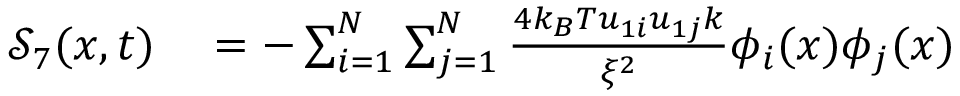
\begin{array} { r l } { \mathcal { S } _ { 7 } ( x , t ) } & { { } = - \sum _ { i = 1 } ^ { N } \sum _ { j = 1 } ^ { N } \frac { 4 k _ { B } T u _ { 1 i } u _ { 1 j } k } { \xi ^ { 2 } } \phi _ { i } ( x ) \phi _ { j } ( x ) } \end{array}